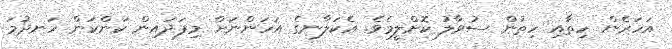
އަހަރެން ހިތާއި ހިތުން ސުވާލު ކޮށްލީމެވެ. އެކަލާނގެ އަހަންނަށް މިފަދައިން ކަންކަން ހަނދުމަ